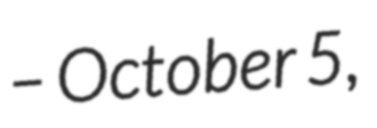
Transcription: – October 5,